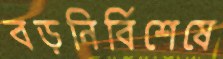
বড়নির্বিশেষে